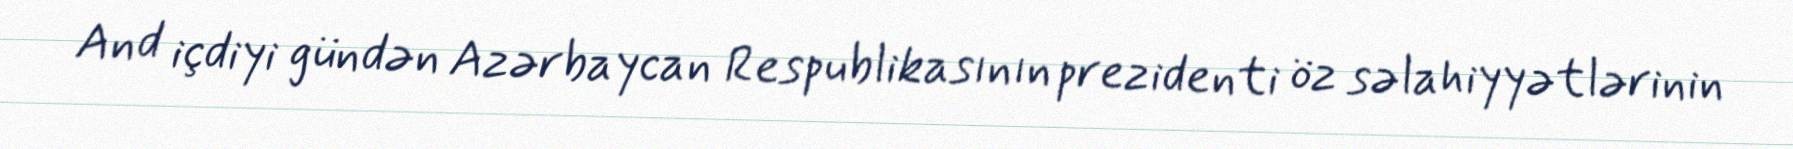
And içdiyi gündən Azərbaycan Respublikasının prezidenti öz səlahiyyətlərinin